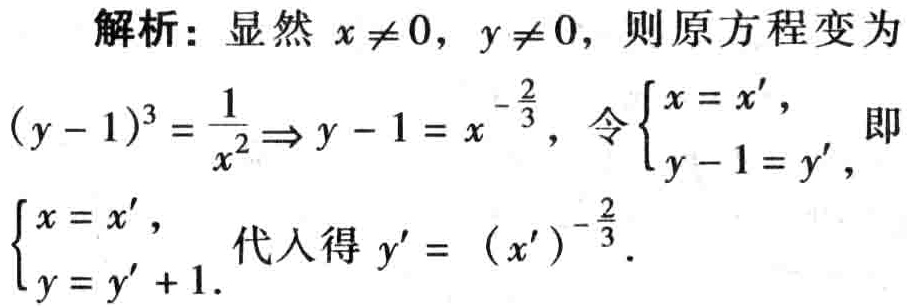
解析：显然 \(x\neq0\)，\(y\neq0\)，则原方程变为
\((y - 1)^3=\frac{1}{x^2}\Rightarrow y - 1 = x^{-\frac{2}{3}}\)，令\(\begin{cases}x = x',\\y - 1 = y',\end{cases}\)即
\(\begin{cases}x = x',\\y = y'+1.\end{cases}\) 代入得 \(y'=(x')^{-\frac{2}{3}}\)。